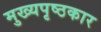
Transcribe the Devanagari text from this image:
मुख्यपृष्ठकार